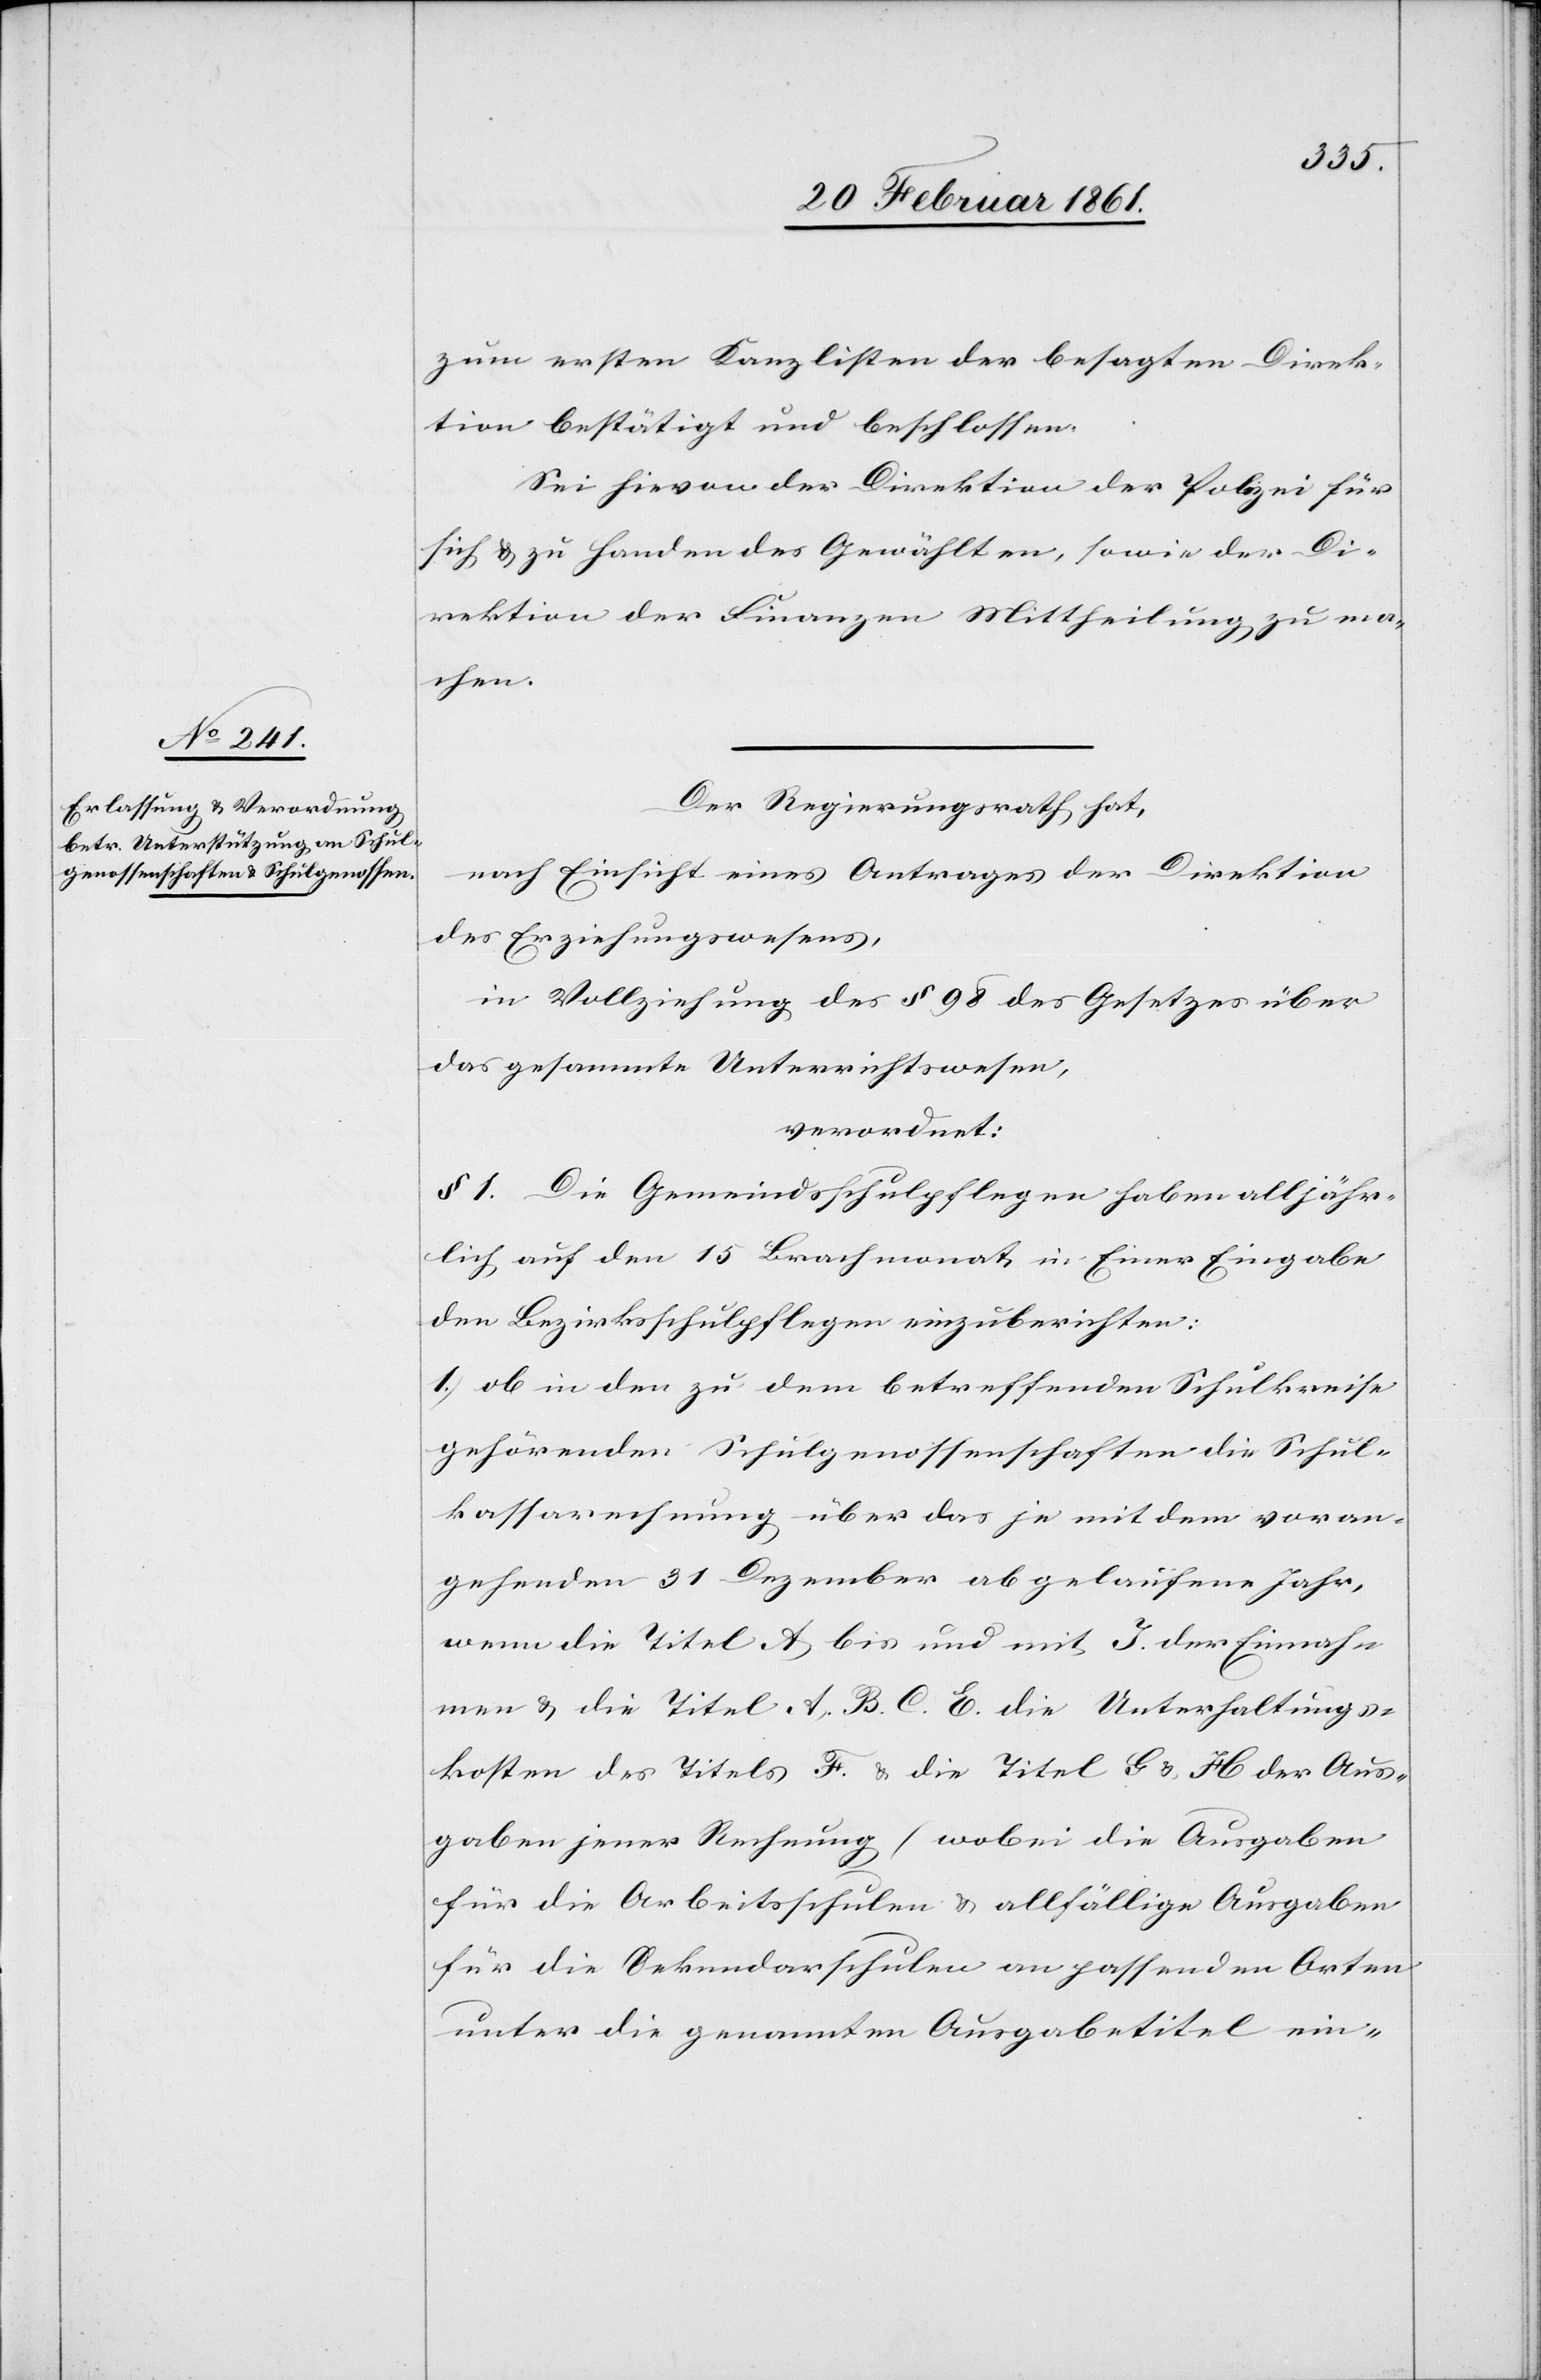
zum ersten Kanzlisten der besagten Direk¬
tion bestätigt und beschlossen.
Sei hievon der Direktion der Polizei für
sich u. zu Handen des Gewählten, sowie der Di¬
rektion der Finanzen Mittheilung zu ma¬
chen.
Der Regierungsrath hat,
nach Einsicht eines Antrages der Direktion
des Erziehungswesens,
in Vollziehung des § 98 des Gesetzes über
das gesammte Unterrichtswesen,
verordnet:
§ 1 Die Gemeindschulpflegen haben alljähr¬
lich auf den 15. Brachmonat in Einer Eingabe
den Bezirksschulpflegen einzuberichten:
1. ob in den zu dem betreffenden Schulkreise
gehörenden Schulgenossenschaften die Schul¬
kassarechnung über das je mit dem voran¬
gehenden 31. Dezember abgelaufene Jahr,
wenn die Titel A bis und mit J. der Einnah¬
men u. die Titel A, B. C. E. die Unterhaltungs¬
kosten des Titels F. u. die Titel G u. H der Aus¬
gaben jener Rechnung (wobei die Ausgaben
für die Arbeitsschulen u. allfällige Ausgaben
für die Sekundarschulen an passenden Orten
unter die genannten Ausgabetitel ein-